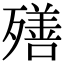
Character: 𣩧